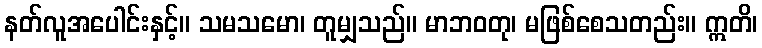
နတ်လူအပေါင်းနှင့်။ သမသမော၊ တူမျှသည်။ မာဘဝတု၊ မဖြစ်စေသတည်း။ ဣတိ၊